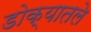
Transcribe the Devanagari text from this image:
डोक्यातले